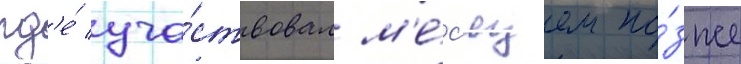
гд'е́ уча́ствовал м'е́с'яцем по́зже